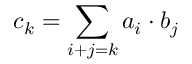
c _ { k } = \sum _ { i + j = k } a _ { i } \cdot b _ { j }